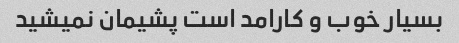
بسیار خوب و کارامد است پشیمان نمیشید